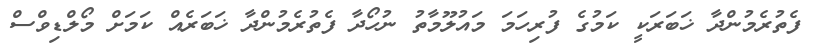
ފެތުރެމުންދާ ޚަބަރަކީ ކަމުގެ ފުރިހަމަ މައުލޫމާތު ނުހޯދާ ފެތުރެމުންދާ ޚަބަރެއް ކަމަށް މޯލްޑިވްސް